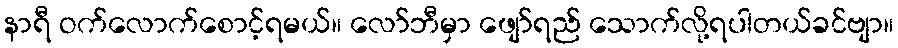
နာရီ ဝက်လောက်စောင့်ရမယ်။ လော်ဘီမှာ ဖျော်ရည် သောက်လို့ရပါတယ်ခင်ဗျာ။